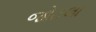
જોટલા